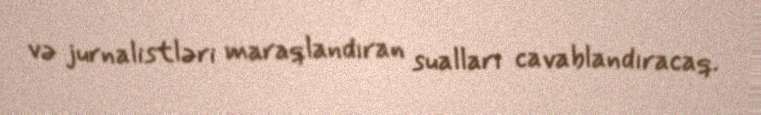
və jurnalistləri maraqlandıran sualları cavablandıracaq.